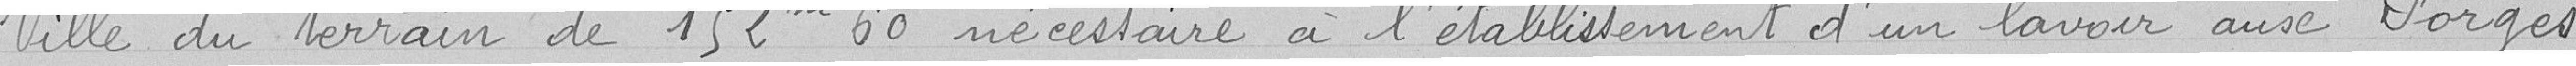
Ville du terrain de 152,60 mètres carrés nécessaire à l'établissement d'un lavoir aux Forges